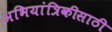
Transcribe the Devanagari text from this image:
अभियांत्रिकीसाठी